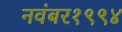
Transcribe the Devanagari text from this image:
नवंबर१९९४